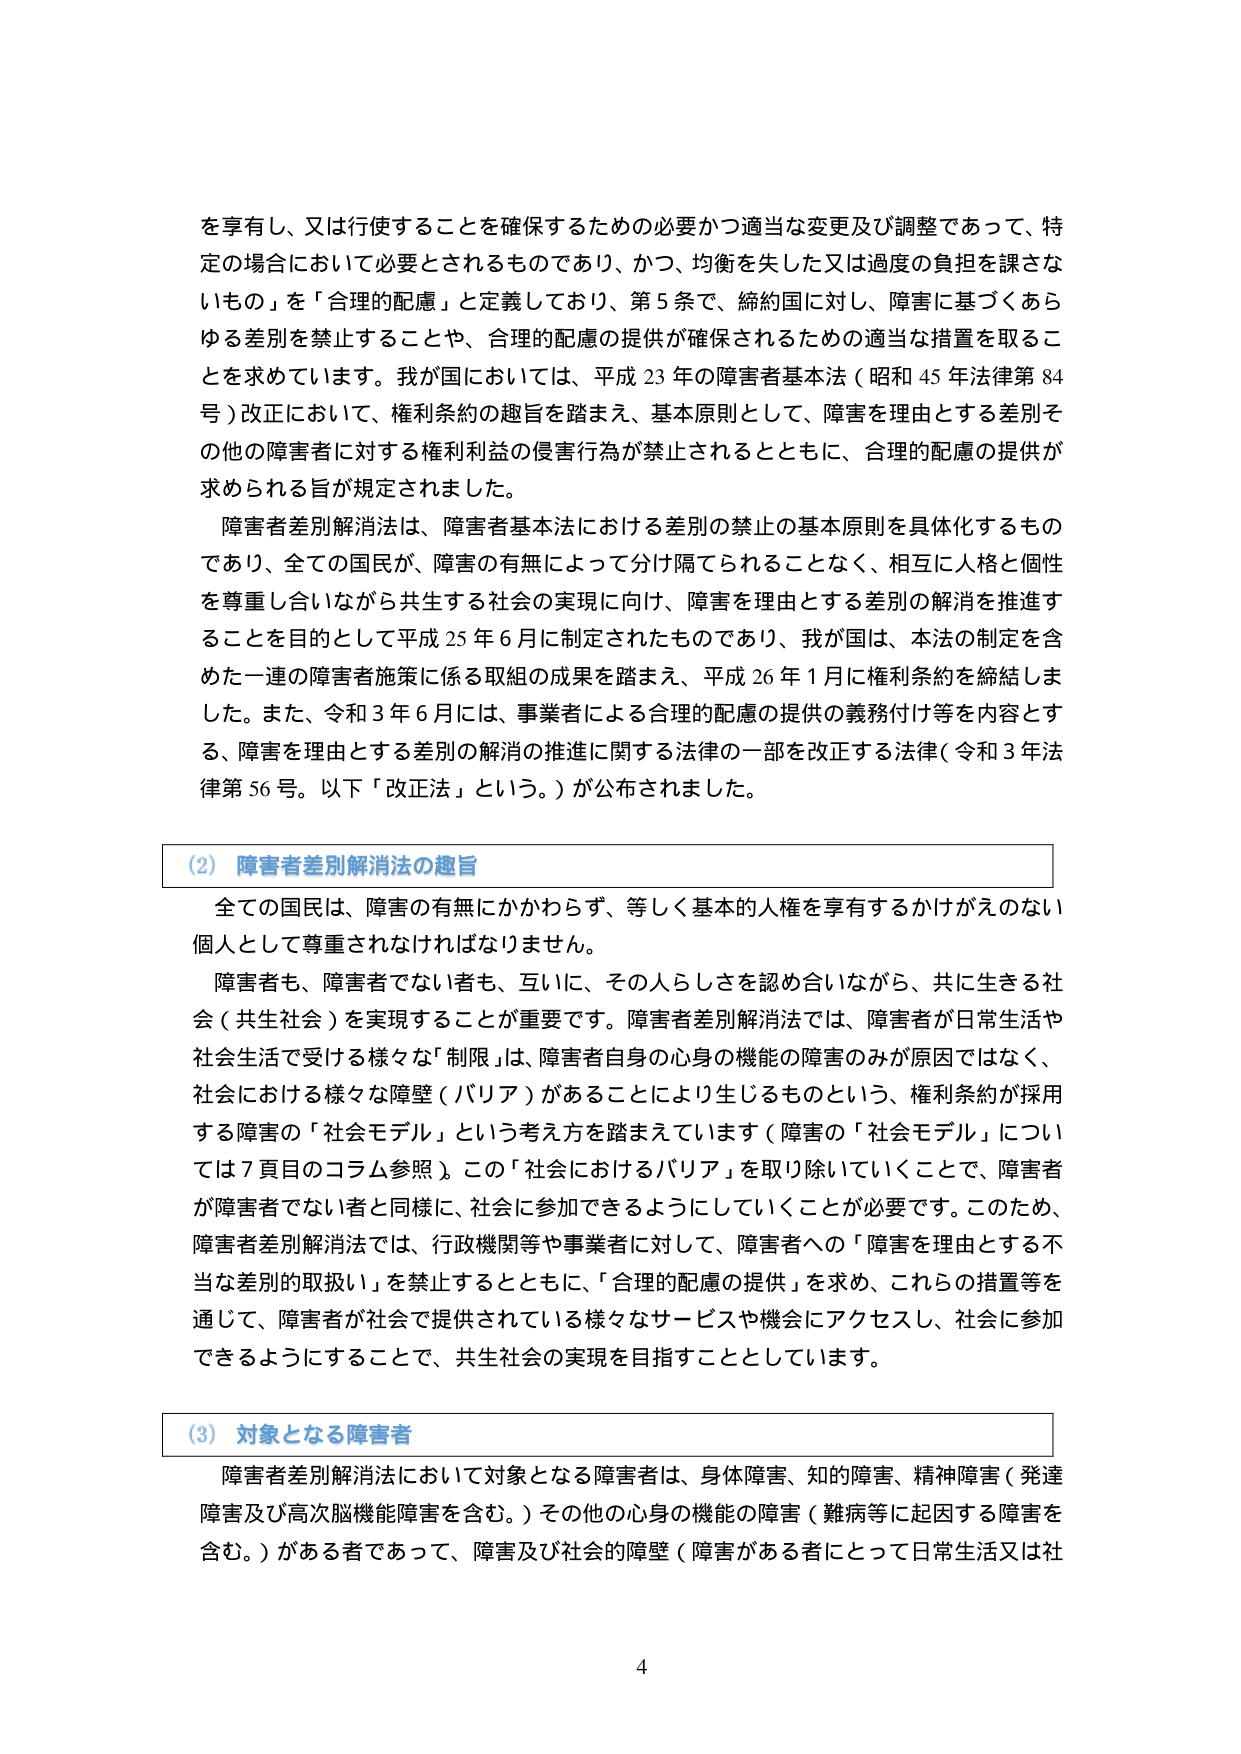
を享し、又は行使することを確保するための必要かつ適当な変更及び調整であって、特定の場合において必要とされるものであり、かつ、均衡を失した又は過度の負担を課さないもの」を「合理的配慮」と定義しており、第5条で、締約国に対し、障害に基づくあらゆる差別を禁止することや、合理的配慮の提供が確保されるための適当な措置を取ることを求めています。我が国においては、平成23年の障害者基本法（昭和45年法律第84号）改正において、権利条約の趣旨を踏まえ、基本原則として、障害を理由とする差別その他の障害者に対する権利利益の侵害行為が禁止されるとともに、合理的配慮の提供が求められる旨が規定されました。

障害者差別解消法は、障害者基本法における差別の禁止の基本原則を具体化するものであり、全ての国民が、障害の有無によって分け隔てられることなく、相互に人格と個性を尊重し合いながら共生する社会の実現に向け、障害を理由とする差別の解消を推進することを目的として平成25年6月に制定されたものであり、我が国は、本法の制定を含めた一連の障害者施策に係る取組の成果を踏まえ、平成26年1月に権利条約を締結しました。また、令和3年6月には、事業者による合理的配慮の提供の義務付け等を内容とする、障害を理由とする差別の解消の推進に関する法律の一部を改正する法律（令和3年法律第56号。以下「改正法」という。）が公布されました。

(2) 障害者差別解消法の趣旨

全ての国民は、障害の有無にかかわらず、等しく基本的人権を享有するかげがえのない個人として尊重されなければなりません。

障害者も、障害者でない者も、互いに、その人らしさを認め合いながら、共に生きる社会（共生社会）を実現することが重要です。障害者差別解消法では、障害者が日常生活や社会生活で受ける様々な「制限」は、障害者自身の心身の機能の障害のみが原因ではなく、社会における様々な障壁（バリア）があることにより生じるものという、権利条約が採用する障害の「社会モデル」という考え方を踏まえています（障害の「社会モデル」については7頁目のコラム参照）。この「社会におけるバリア」を取り除いていくことで、障害者が障害者でない者と同様に、社会に参加できるようにしていくことが必要です。このため、障害者差別解消法では、行政機関等や事業者に対して、障害者への「障害を理由とする不当な差別の取扱い」を禁止するとともに、「合理的配慮の提供」を求め、これらの措置等を通じて、障害者が社会で提供されている様々なサービスや機会にアクセスし、社会に参加できるようにすることで、共生社会の実現を目指すこととしています。

(3) 対象となる障害者

障害者差別解消法において対象となる障害者は、身体障害、知的障害、精神障害（発達障害及び高次脳機能障害を含む。）その他の心身の機能の障害（難病等に起因する障害を含む。）がある者であって、障害及び社会的障壁（障害がある者にとって日常生活又は社

4